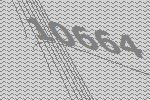
10664